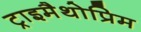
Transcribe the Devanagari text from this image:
ट्राइमैथोप्रिम